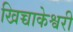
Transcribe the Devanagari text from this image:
खिच्चाकेश्वरी